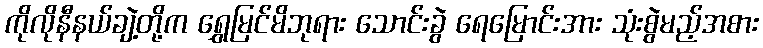
ကိုလိုနီနယ်ချဲ့တို့က ရွှေမြင်မိဘုရား သောင်းခွဲ ရေမြောင်းအား သုံးစွဲမည့်အစား